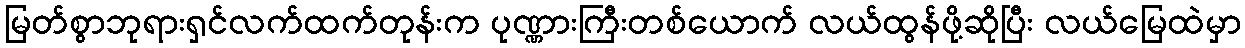
မြတ်စွာဘုရားရှင်လက်ထက်တုန်းက ပုဏ္ဏားကြီးတစ်ယောက် လယ်ထွန်ဖို့ဆိုပြီး လယ်မြေထဲမှာ